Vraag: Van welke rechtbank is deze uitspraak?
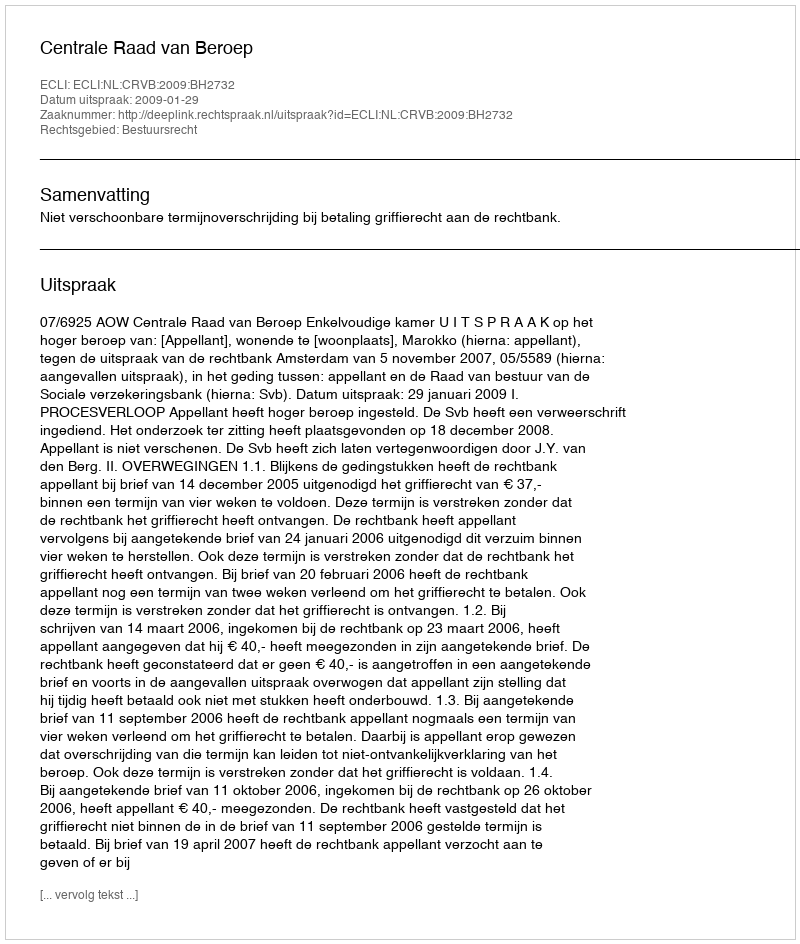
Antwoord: Centrale Raad van Beroep